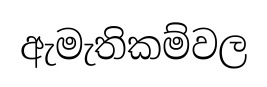
ඇමැතිකම්වල